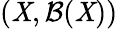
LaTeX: (\mathit{X},{\mathcal{{B}}}(\mathit{X}))